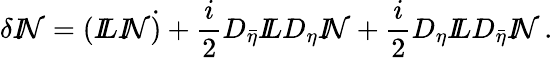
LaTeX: \delta{I\! \! \mathcal{N}}=({I\! \! L}{I\! \! \mathcal{N}}\dot{{)}}+\frac{{i}}{{2}}D_{\bar{{\eta}}}{I\! \! L}D_{\eta}{I\! \! \mathcal{N}}+\frac{{i}}{{2}}D_{\eta}{I\! \! L}D_{\bar{{\eta}}}{I\! \! \mathcal{N}}\, .